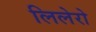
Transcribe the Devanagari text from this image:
लिलेरो